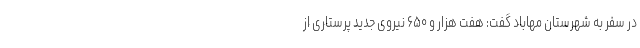
در سفر به شهرستان مهاباد گفت: هفت هزار و ۶۵۰ نیروی جدید پرستاری از